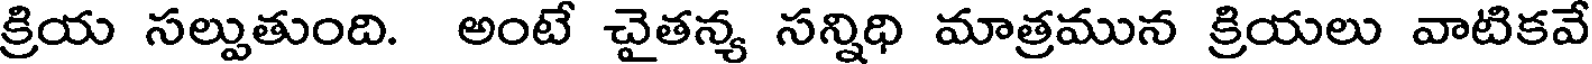
క్రియ సల్పుతుంది. అంటే చైతన్య సన్నిధి మాత్రమున క్రియలు వాటికవే